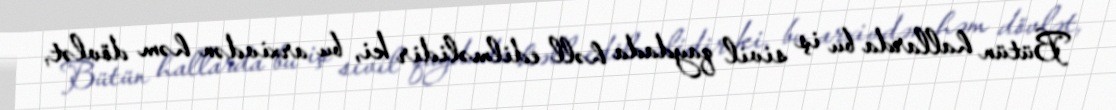
Bütün hallarda bu iş sivil qaydada həll edilməlidir ki, bu arxivdən həm dövlət,